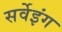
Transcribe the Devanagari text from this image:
सर्वेइंग